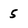
Character: 5